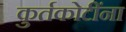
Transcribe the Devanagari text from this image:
कुर्तकोटींना